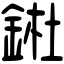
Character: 𨧀